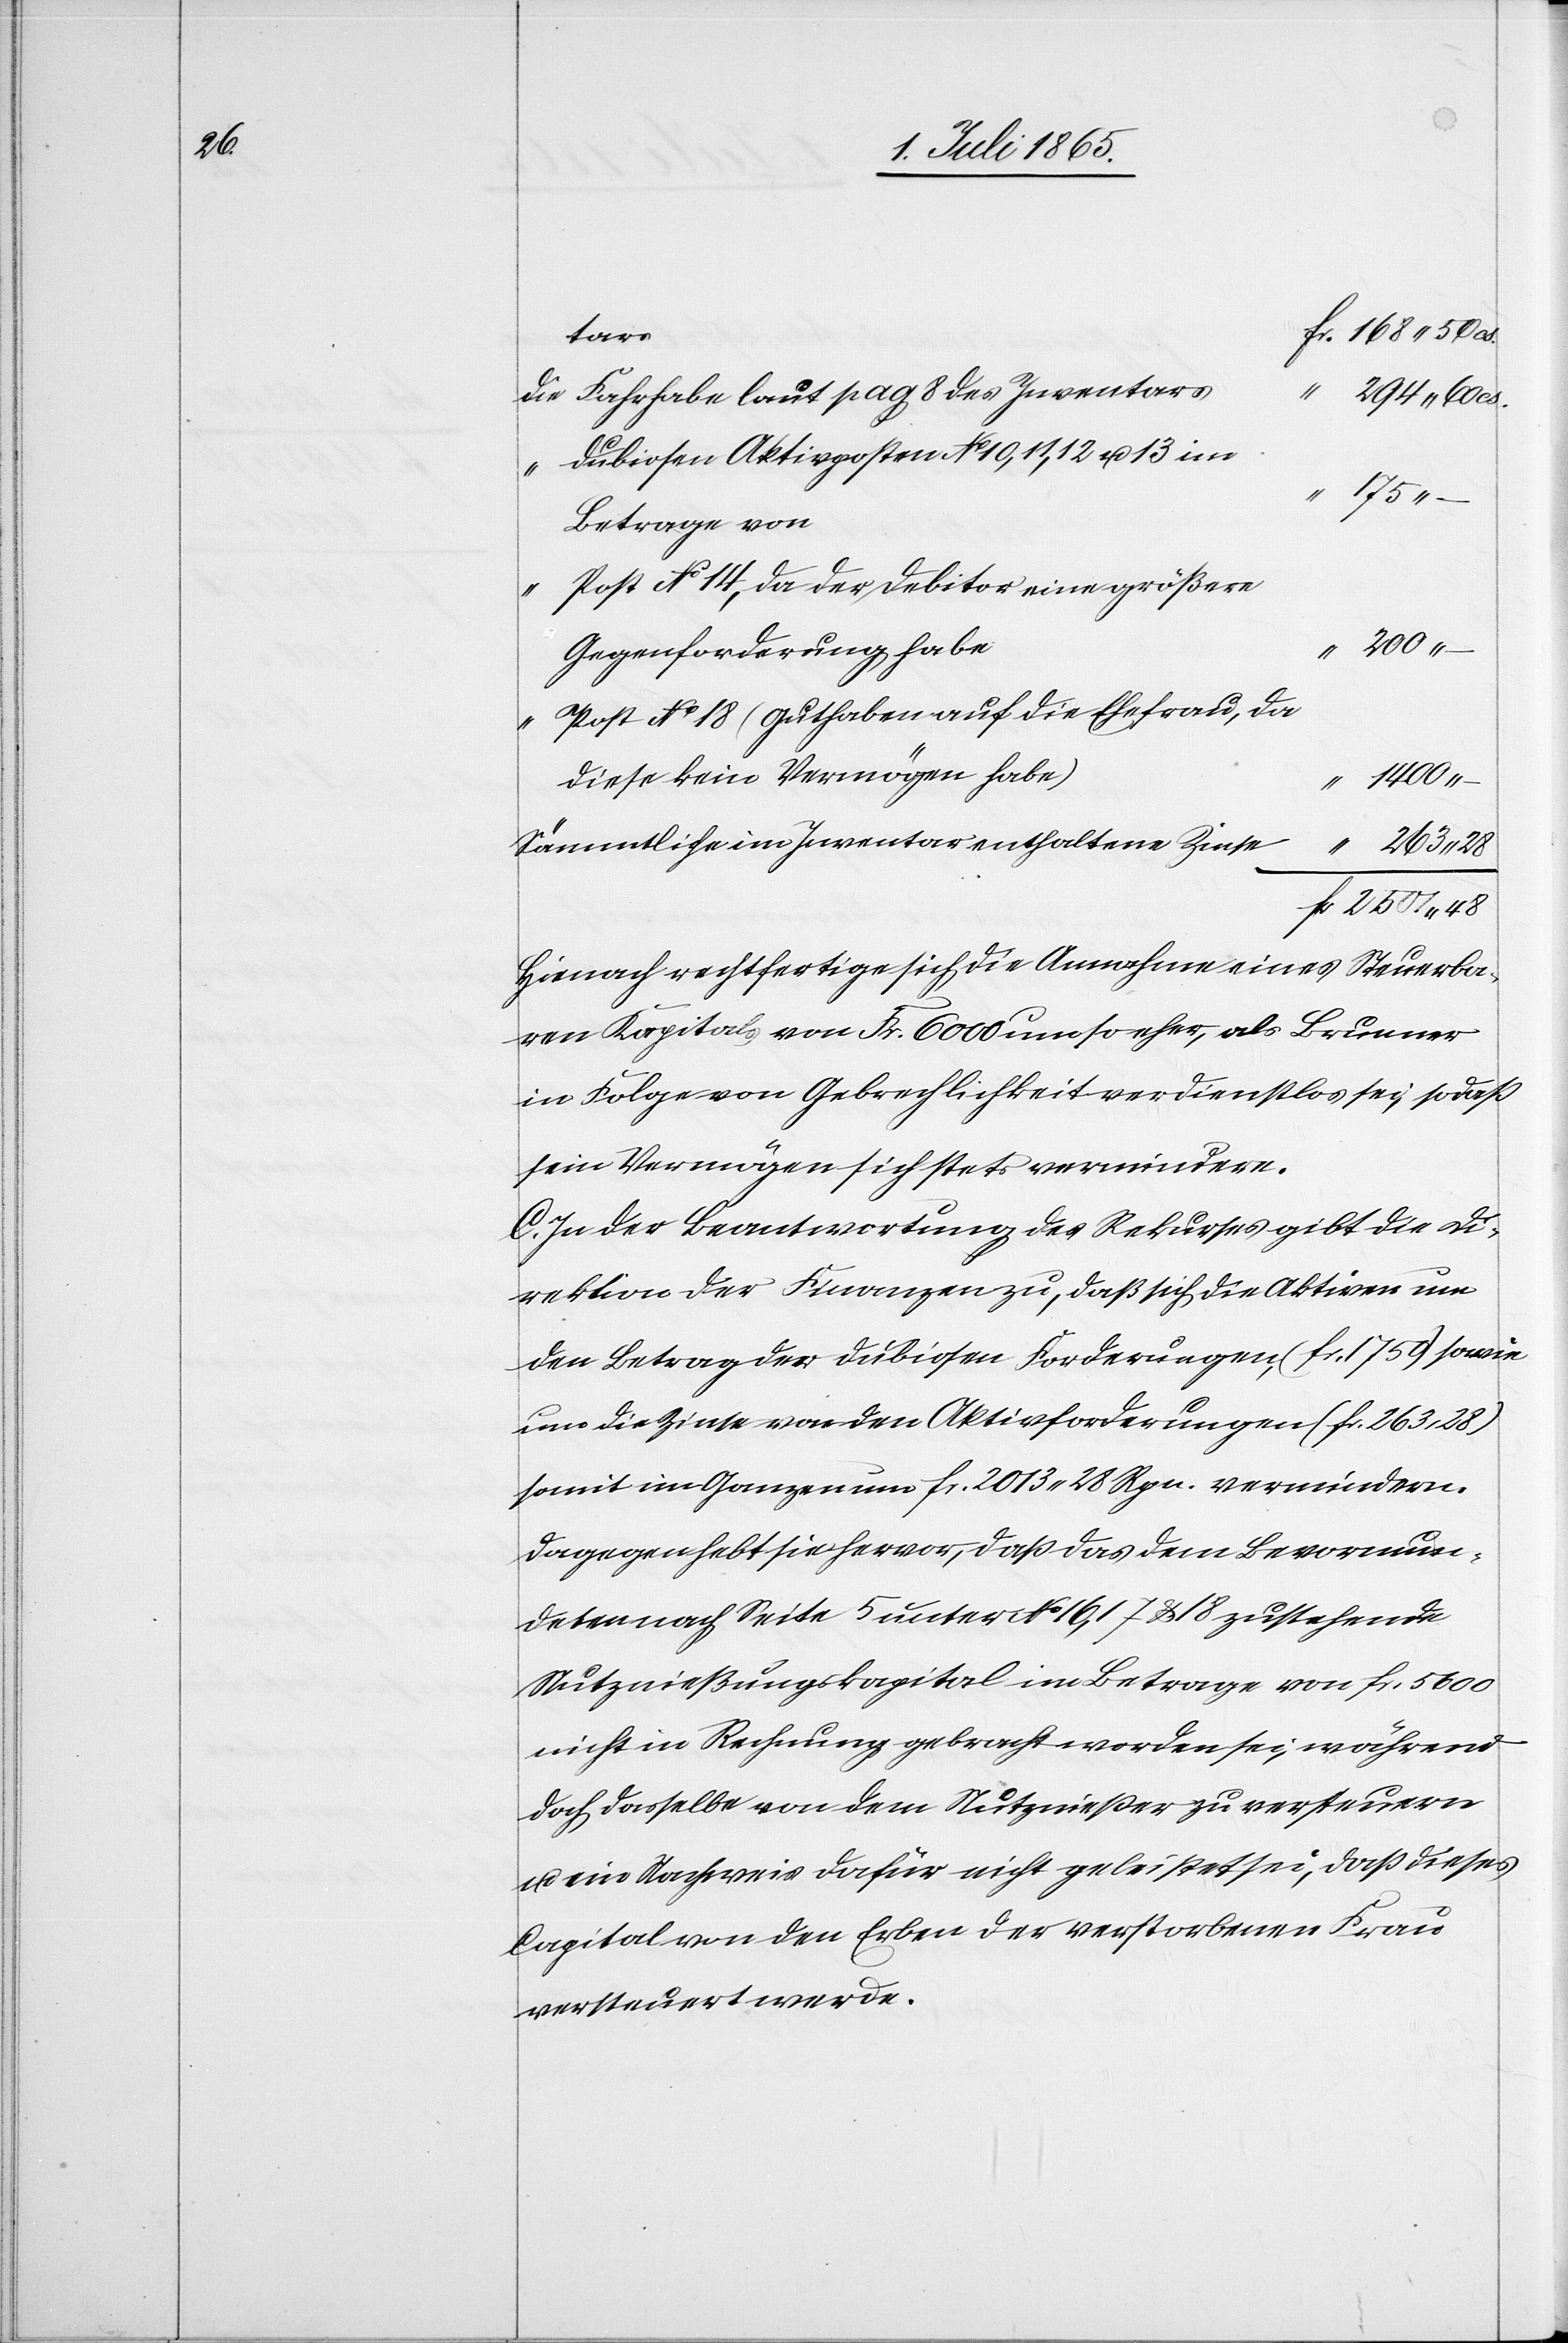
48

Fr.
Die Fahrhabe laut pag 8 des Inventars
dubiosen Aktivposten No 10, 11, 12 u. 13 im
Betrage von
Post No 14, da der Debitor eine größere
Gegenforderung habe
Post No 18 (Guthaben auf die Ehefrau, da
diese kein Vermögen habe)
Sämmtliche im Inventar enthaltene Zinse
Hienach rechtfertige sich die Annahme eines Steuerba¬
ren Kapitals von Fr. 6000 um so eher, als Brunner
in Folge von Gebrechlichkeit verdienstlos sei, so daß
sein Vermögen sich stets vermindere.
C. In der Beantwortung des Rekurses gibt die Di¬
rektion der Finanzen zu, daß sich die Aktiven um
den Betrag der dubiosen Forderungen, (fr. 1750) sowie
um die Zinse von den Aktivforderungen (fr. 263,28)
somit im Ganzen um fr. 2013.28 Rpn. vermindern.
Dagegen hebt sie hervor, daß das dem Bevormun¬
deten nach Seite 5 unter No 16, 17 u. 18 zustehende
Nutznießungskapital im Betrage von fr. 5600
nicht in Rechnung gebracht worden sei, während
doch dasselbe von dem Nutznießer zu versteuern
u. ein Nachweis dafür nicht geleistet sei, daß dieses
Capital von den Erben der verstorbenen Frau
versteuer werde.